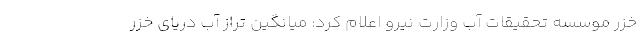
خزر موسسه تحقیقات آب وزارت نیرو اعلام کرد: میانگین تراز آب دریای خزر